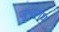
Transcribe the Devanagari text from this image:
जुनागध